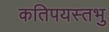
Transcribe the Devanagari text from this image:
कतिपयस्तभु